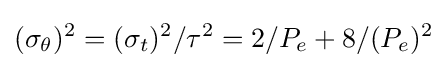
(\sigma _{\theta })^{2}=(\sigma _{t})^{2}/\tau ^{2}=2/P_{e}+8/(P_{e})^{2}